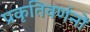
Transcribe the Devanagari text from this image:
प्रकृतिवर्णनों